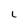
Character: L